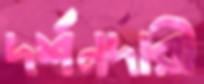
দর্শনদারী